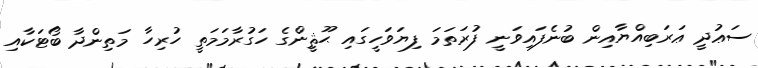
ސަޢުދީ ޢަރަބިއްޔާއިން ބުނެފައިވަނީ ފުރަތަމަ ފިޔަވަހީގައި ޙޫޘީންގެ ހަގުރާމަމަތީ ހުރިހާ މަތިންދާ ބޯޓަކާއި